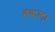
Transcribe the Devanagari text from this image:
हकला